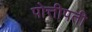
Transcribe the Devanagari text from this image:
पोत्तीपती